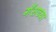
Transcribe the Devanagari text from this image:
गॅसच्या